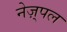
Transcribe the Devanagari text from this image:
नेज़्पल